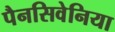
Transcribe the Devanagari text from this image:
पैनसिवेनिया